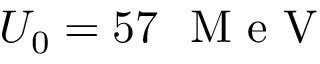
U _ { 0 } = 5 7 ~ \mathrm { ~ M ~ e ~ V ~ }